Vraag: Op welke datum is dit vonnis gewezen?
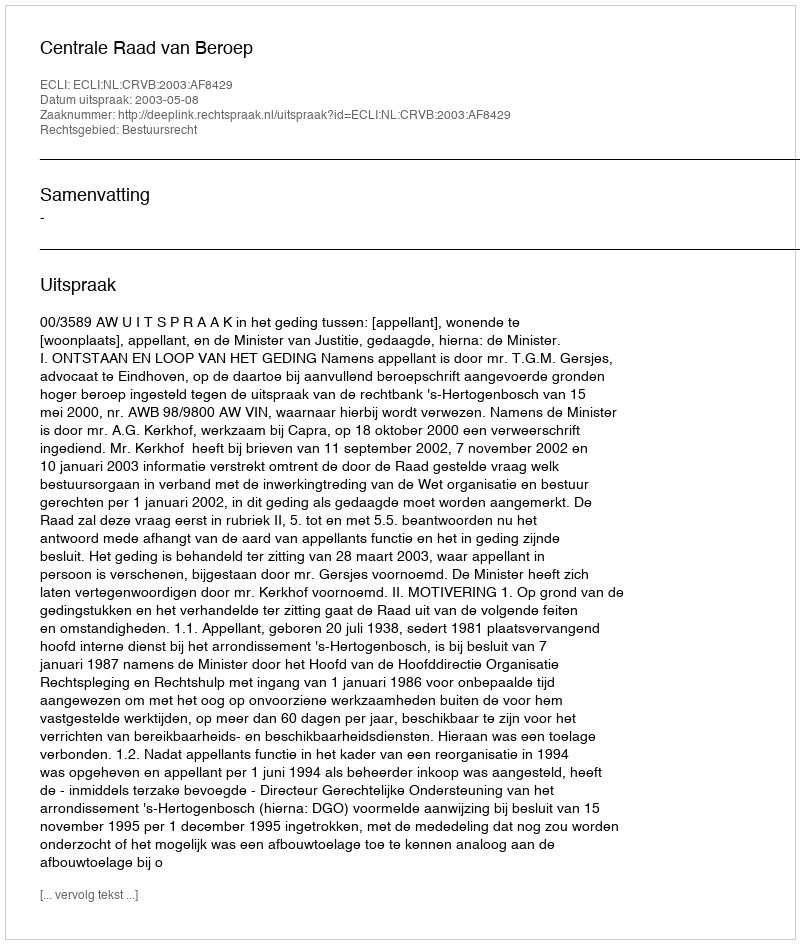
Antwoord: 2003-05-08